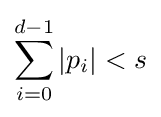
\sum _{i=0}^{d-1}|p_{i}|<s